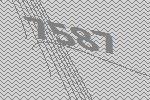
7587